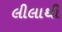
લીલાથી